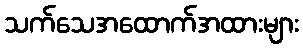
သက်သေအထောက်အထားများ